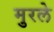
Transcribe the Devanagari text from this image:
मुरले